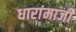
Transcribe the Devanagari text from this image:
धारांमाजी